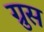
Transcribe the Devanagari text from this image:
ग्रुस